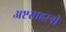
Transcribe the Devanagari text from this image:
अष्टसाहस्त्री